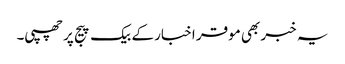
یہ خبر بھی موقر اخبار کے بیک پیج پر چھپی۔